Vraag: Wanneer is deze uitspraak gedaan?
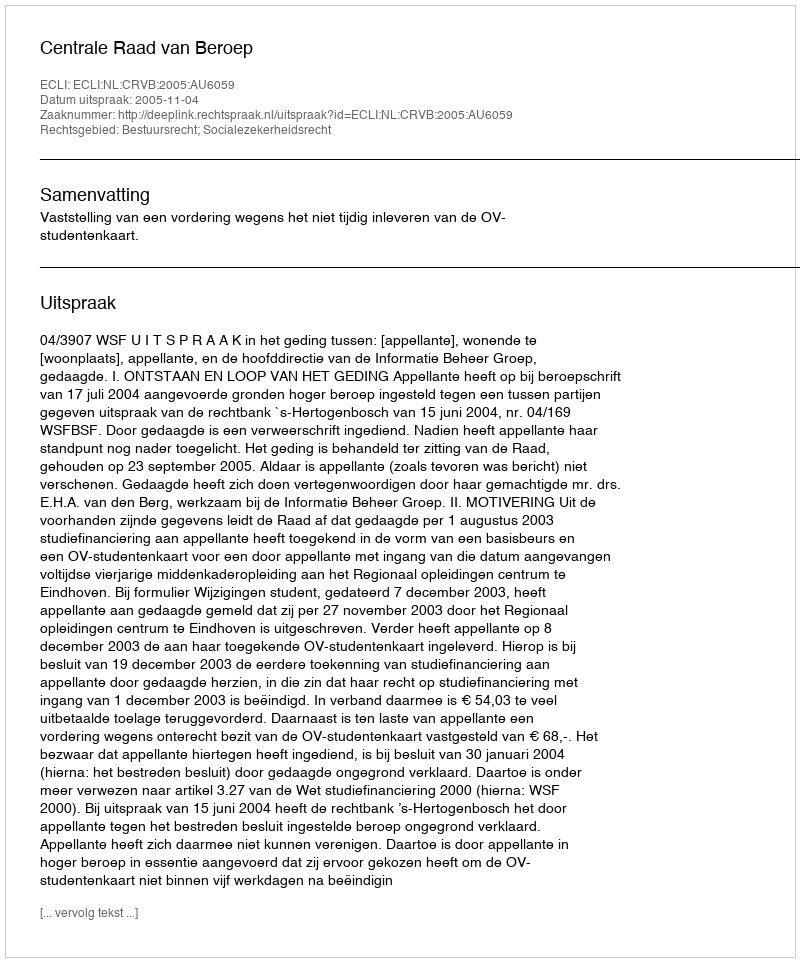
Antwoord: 2005-11-04